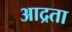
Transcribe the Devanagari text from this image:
आद्रता